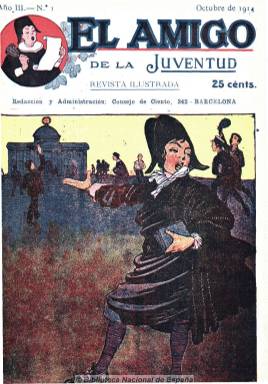
Título: El Amigo de la juventud
Colección: Revistas infantiles
Ámbito geográfico: Barcelona
Lugar de publicación: Barcelona
Fechas: 01/10/1914-30/09/1915

Los orígenes de la prensa educativa en España se  remontan a 1789 con la “Gazeta de los Niños”, pero es desde la Restauración hasta 1920 el período más álgido de este género, configurándose al mismo tiempo dos corrientes dentro de él, la conservadora y la innovadora, es decir, gran ofensiva de la enseñanza religiosa, por un lado, y politización de la enseñanza misma, por otro. Se constata, por tanto, la aparición de revistas de sectores católicos, muchas de ellas innovadoras a su modo, según la corriente general imperante.

“El Amigo de la Juventud” es un  ejemplo de ello, comenzando a publicarse por los Hermanos Maristas en Burgos a partir de 1912 y desde 1913 en Barcelona. Tiene buena presentación en tamaño cuarto con portada en color y variadas ilustraciones, compuesta por artículos de distintos  temas enfocados por su tratamiento al público juvenil. En el número de octubre de 1914 en la sección ‘Amigos’ se pregunta por la trayectoria de la revista solicitando la opinión de sus lectores y a  partir del mismo año también en la de ‘Letras de Luto y Vergüenza’ se preocupa por la guerra en Europa haciéndose eco de los más de 600 “hijos de la Congregación Marista” inmersos en ella y pidiéndoles además oraciones. Desde octubre de 1915 se publicó con el título “El Amigo".